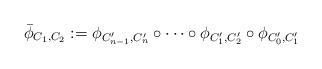
LaTeX: \begin{align*}\bar{\phi}_{C_1,C_2}:=\phi_{C'_{n-1},C'_n}\circ\cdots\circ\phi_{C'_1,C'_2}\circ\phi_{C'_0,C'_1}\end{align*}